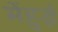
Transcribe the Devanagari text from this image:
मेंहुई